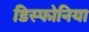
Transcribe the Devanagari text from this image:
डिस्फोनिया